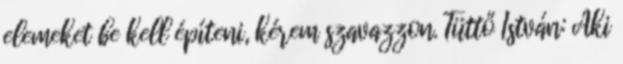
elemeket be kell építeni, kérem szavazzon. Tüttő István: Aki